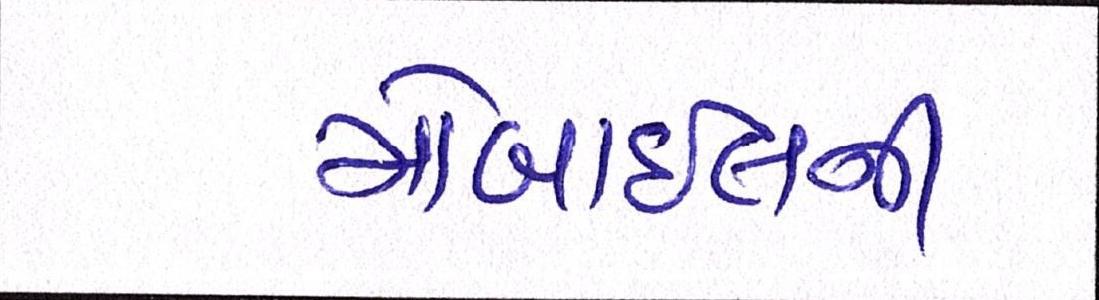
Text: મોબાઈલની